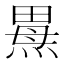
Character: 𰟌